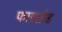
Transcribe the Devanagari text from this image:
फाडतोड